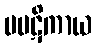
ပပဋိကာယ